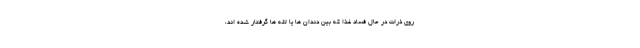
روی ذرات در حال فساد غذا که بین دندان ها یا لثه ها گرفتار شده اند،